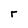
Character: r